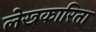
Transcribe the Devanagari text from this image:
लेखकारिता